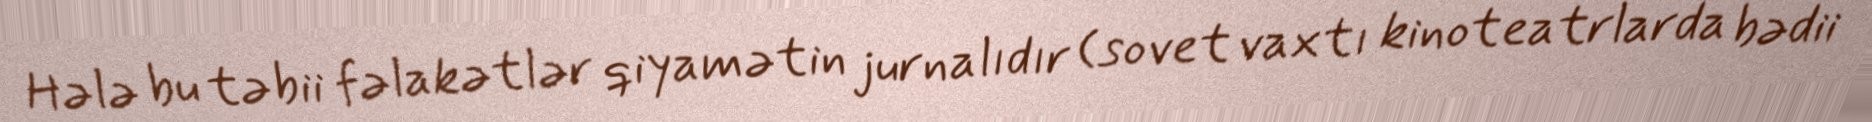
Hələ bu təbii fəlakətlər qiyamətin jurnalıdır (sovet vaxtı kinoteatrlarda bədii